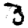
Digit: 3